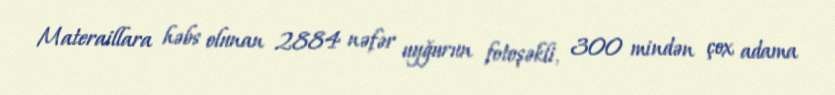
Materaillara həbs olunan 2884 nəfər uyğurun fotoşəkli, 300 mindən çox adama